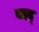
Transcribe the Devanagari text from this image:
बहद्